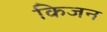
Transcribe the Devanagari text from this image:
किजन